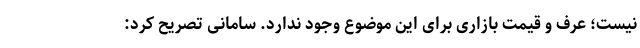
نیست؛ عرف و قیمت بازاری برای این موضوع وجود ندارد. سامانی تصریح کرد: